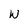
Character: W